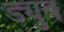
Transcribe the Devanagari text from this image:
ड्युब